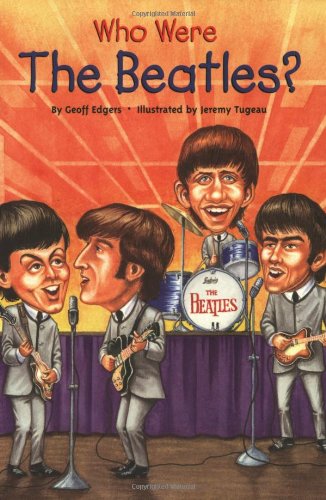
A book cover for Who Were the Beatles? (Who Was...?); Geoff Edgers; Humor & Entertainment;